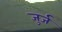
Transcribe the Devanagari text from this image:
जुर्ज